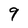
Character: 9